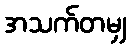
အသက်တမျှ